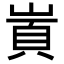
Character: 𡺋